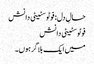
حالِ دل: فوٹوسٹیٹی دانش
فوٹوسٹیٹی دانش
میں ایک بلاگر ہوں۔